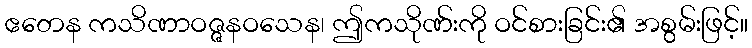
ဧတေန ကသိဏာဝဇ္ဇနဝသေန၊ ဤကသိုဏ်းကို ဝင်စားခြင်း၏ အစွမ်းဖြင့်။